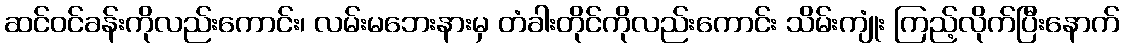
ဆင်ဝင်ခန်းကိုလည်းကောင်း၊ လမ်းမဘေးနားမှ တံခါးတိုင်ကိုလည်းကောင်း သိမ်းကျုံး ကြည့်လိုက်ပြီးနောက်